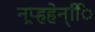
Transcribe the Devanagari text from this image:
नप्र्हहेन्िि